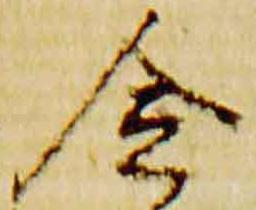
令